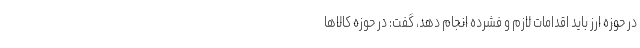
در حوزه ارز باید اقدامات لازم و فشرده انجام دهد، گفت: در حوزه کالاها